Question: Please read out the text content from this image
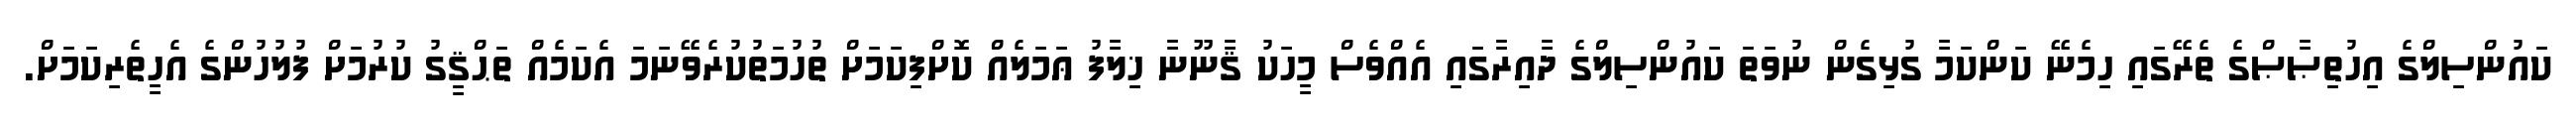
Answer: ކައުންސިލްގެ އިހުތިޞާޞްގެ ތެރޭގައި ހިމެނޭ ކަންކަމާ ގުޅިގެން ނުވަތަ ކައުންސިލްގެ ދާއިރާގައި އެއްވެސް މީހަކު ޤާނޫނާ ޚިލާފު ޢަމަލެއް ކޮށްފިކަމަށް ތުހުމަތުކުރެވޭނަމަ އެކަމެއް ތަޙްޤީގު ކުރުމަށް ފުލުހުންގެ އެހީތެރިކަމަށް.